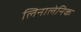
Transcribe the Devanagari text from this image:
लिनालेनिक